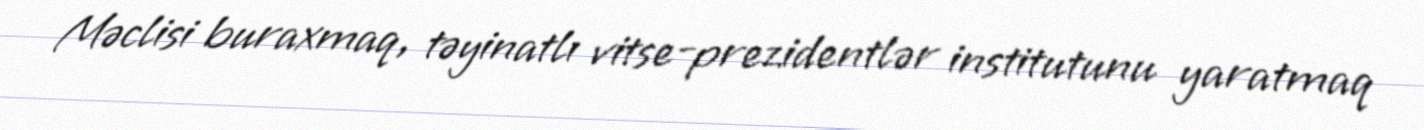
Məclisi buraxmaq, təyinatlı vitse-prezidentlər institutunu yaratmaq